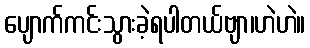
ပျောက်ကင်းသွားခဲ့ရပါတယ်ဗျာ၊ဟဲဟဲ။